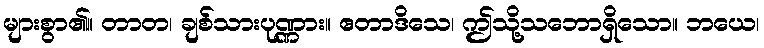
များစွာ၏။ တာတ၊ ချစ်သားပုဏ္ဏား။ ဧတာဒိသေ၊ ဤသို့သဘောရှိသော။ ဘယေ၊